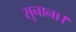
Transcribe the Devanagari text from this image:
सुनाना।